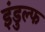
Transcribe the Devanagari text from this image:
इंडुल्फ